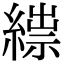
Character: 𦃒